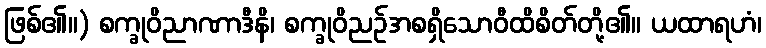
ဖြစ်၏။) စက္ခုဝိညာဏာဒီနိ၊ စက္ခုဝိညဉ်အစရှိသောဝီထိစိတ်တို့၏။ ယထာရဟံ၊